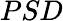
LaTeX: PSD